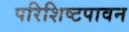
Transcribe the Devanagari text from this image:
परिशिष्टपावन